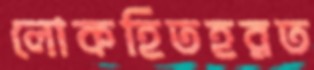
লোকহিতহরত